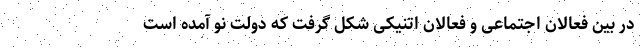
در بین فعالان اجتماعی و فعالان اتنیکی شکل گرفت که دولتِ نو آمده است